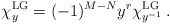
\begin{align*}\chi_{y}^{\rm LG}=(-1)^{M-N}y^r\chi_{y^{-1}}^{\rm LG}\,.\end{align*}